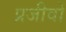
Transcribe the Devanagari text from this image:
प्रजीवों